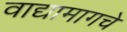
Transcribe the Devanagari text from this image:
वाद्यामागचे